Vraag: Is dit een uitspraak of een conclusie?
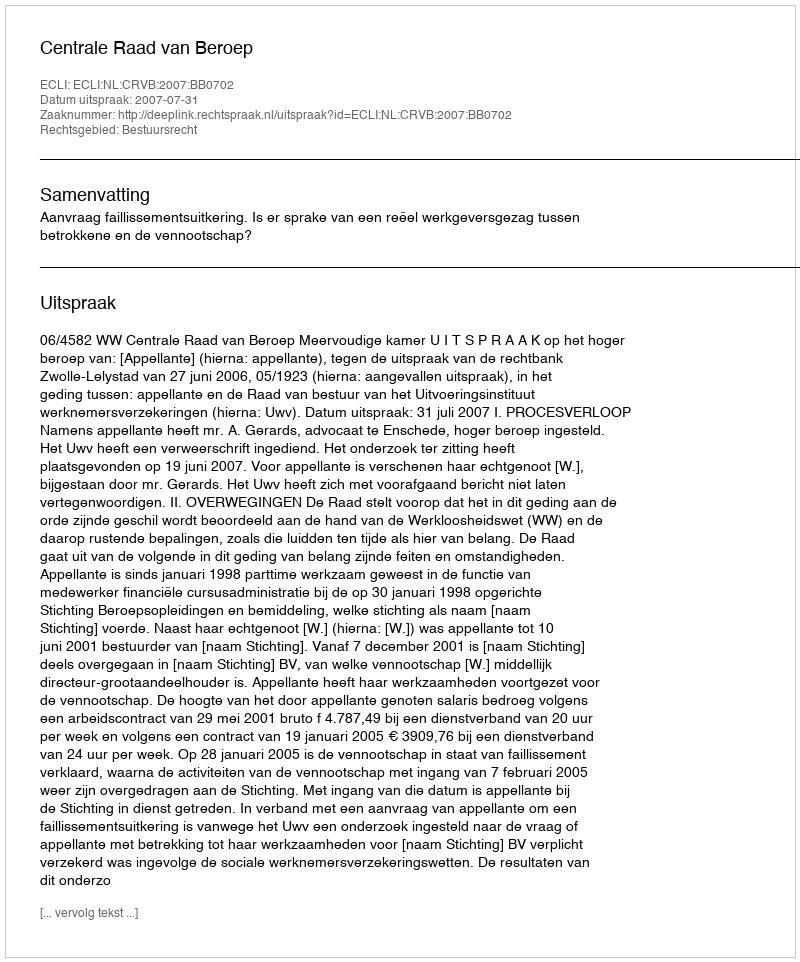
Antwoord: Uitspraak